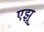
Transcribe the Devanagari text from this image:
एझू